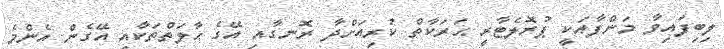
ލިބިފައިވާ މަންފާއަކީ ޕުރޮލެޓާރީ ޙަރަކާތް ކުރިއަށްދާ ރޮނގާއި އޭގެ ޙާލަތްތަކާއި އޭގެން އެންމެ